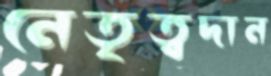
নেতৃত্বদান